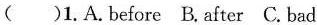
( )1.A.Before B.After C.Bad